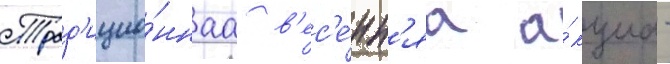
Трад'ицио́ннаа в'ес'е́нн'яа а́кциа -